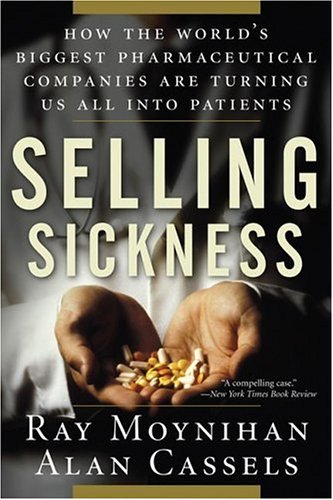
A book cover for Selling Sickness: How the World's Biggest Pharmaceutical Companies Are Turning Us All Into Patients; Ray Moynihan; Business & Money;